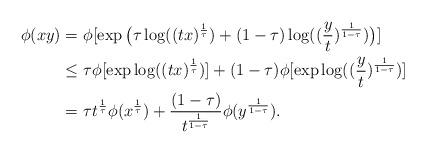
LaTeX: \begin{align*}\phi(x y) =&\ \phi[\exp\big(\tau \log( (t x)^\frac{1}{\tau})+(1-\tau)\log ((\frac{y}{t})^\frac{1}{1-\tau})\big)]\\\leq&\ \tau \phi[\exp\log( (t x)^\frac{1}{\tau})] + (1-\tau)\phi[\exp\log ((\frac{y}{t})^\frac{1}{1-\tau})]\\=&\ \tau t^\frac{1}{\tau} \phi(x^\frac{1}{\tau}) + \frac{(1-\tau)}{t^\frac{1}{1-\tau}}\phi(y^\frac{1}{1-\tau}).\end{align*}